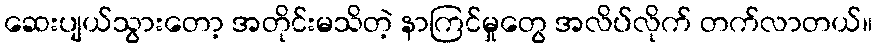
ဆေးပျယ်သွားတော့ အတိုင်းမသိတဲ့ နာကြင်မှုတွေ အလိပ်လိုက် တက်လာတယ်။